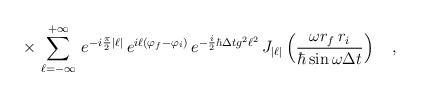
\begin{align*}\times\,\sum_{\ell=-\infty}^{+\infty}\,e^{-i\frac{\pi}{2}|\ell|}\,e^{i\ell(\varphi_f-\varphi_i)}\,e^{-\frac{i}{2}\hbar\Delta t g^2\ell^2}\,J_{|\ell|}\left(\frac{\omega r_f\,r_i}{\hbar\sin\omega\Delta t}\right)\ \ \ ,\end{align*}